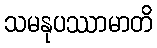
သမနုပဿာမာတိ